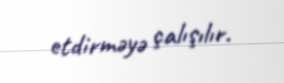
etdirməyə çalışılır.